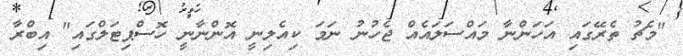
"މެޗު ތެރޭގައި އަހަންނާ މައްސަލައެއް ޖެހުނު ނަމަ ކިއެލިނީ އޮންނާނީ ހޮސްޕިޓަލްގައި" އިބްރާ